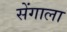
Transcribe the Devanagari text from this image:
सेंगाला